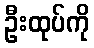
ဦးထုပ်ကို